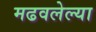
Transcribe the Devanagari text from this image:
मढवलेल्या